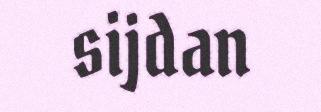
sijdan